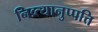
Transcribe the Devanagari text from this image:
निव्र्त्यानुप्पत्ति